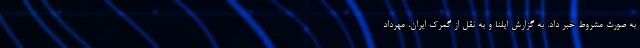
به صورت مشروط خبر داد. به گزارش ایلنا و به نقل از گمرک ایران، مهرداد